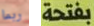
ربما بفتحة